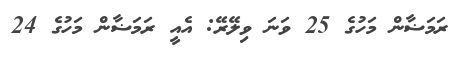
ރަމަޟާން މަހުގެ 25 ވަނަ ވިލޭރޭ: އެއީ ރަމަޟާން މަހުގެ 24